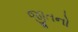
જીતનો